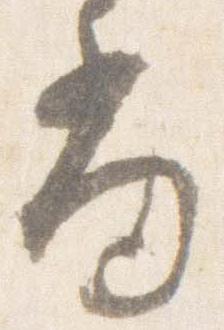
尚